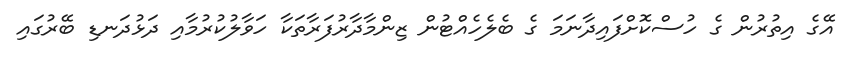
އޭގެ އިތުުރުން ގެ ހުސްކޮށްފައިދާނަމަ ގެ ބެލެހެއްޓުން ޒިންމާދާރުފަރާތަކާ ހަވާލުކުރުމާއި ދަޅުދަނޑި ބޭރުގައި